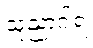
သုညာဂါရံ